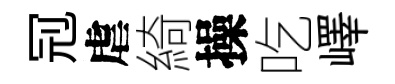
𠜍虐綺操吃嶧